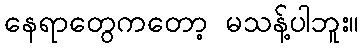
နေရာတွေကတော့ မသန့်ပါဘူး။